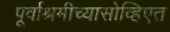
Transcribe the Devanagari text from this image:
पूर्वाश्रमीच्यासोव्हिएत